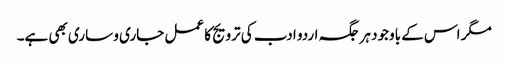
مگر اس کے باوجود ہر جگہ اردو ادب کی ترویج کا عمل جاری و ساری بھی ہے۔